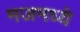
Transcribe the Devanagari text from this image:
मजमध्ये